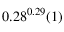
0 . 2 8 ^ { 0 . 2 9 } ( 1 )